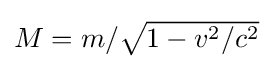
{\textstyle M=m/{\sqrt {1-v^{2}/c^{2}}}}